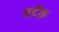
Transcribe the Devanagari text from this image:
वर्दक